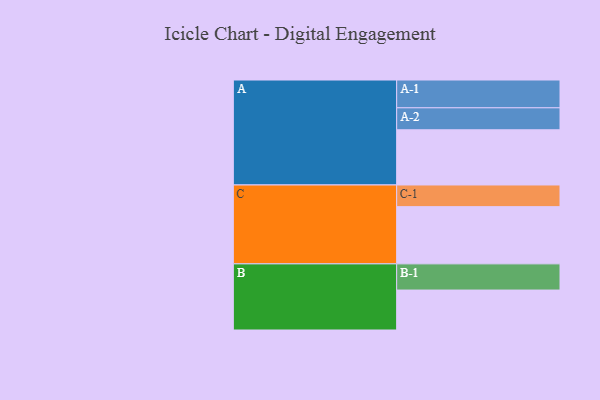
{"axis": {"x": "Segment", "y": "Value"}, "legend": ["", "A", "B", "C"], "data": [{"x": "A", "y": 550, "type": ""}, {"x": "B", "y": 398, "type": ""}, {"x": "C", "y": 570, "type": ""}, {"x": "A-1", "y": 277, "type": "A"}, {"x": "A-2", "y": 219, "type": "A"}, {"x": "B-1", "y": 261, "type": "B"}, {"x": "C-1", "y": 216, "type": "C"}]}